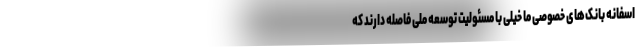
اسفانه بانک‌های خصوصی ما خیلی با مسئولیت توسعه ملی فاصله دارند که